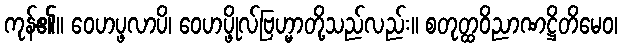
ကုန်၏။ ဝေဟပ္ဖလာပိ၊ ဝေဟပ္ဖိုလ်ဗြဟ္မာတို့သည်လည်း။ စတုတ္ထဝိညာဏဋ္ဌိတိမေဝ၊